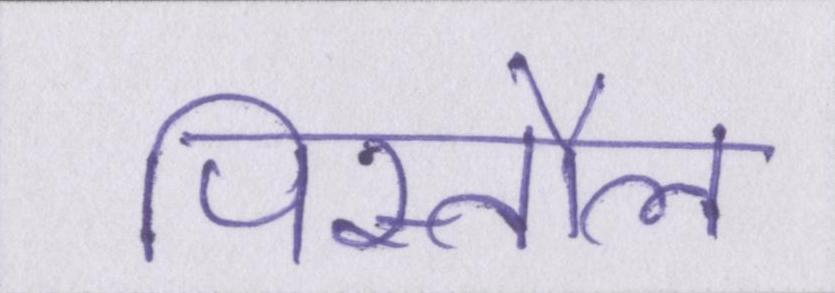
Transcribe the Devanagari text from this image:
पिस्तौल